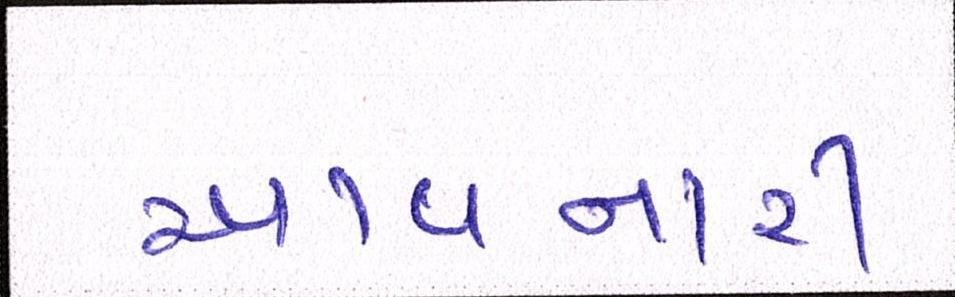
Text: આવનારી